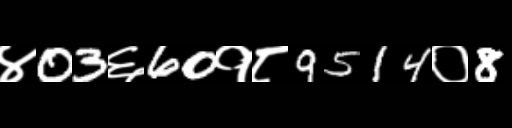
Text: ४03६60१८9514०8